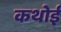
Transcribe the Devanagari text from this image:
कथोई